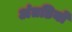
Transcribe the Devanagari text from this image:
अंतडियों